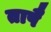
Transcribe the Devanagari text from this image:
तापै